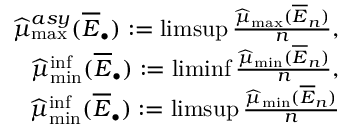
\begin{array} { r } { \widehat \mu _ { \operatorname* { m a x } } ^ { a s y } ( \overline { E } _ { \bullet } ) : = \operatorname* { l i m s u p } \frac { \widehat \mu _ { \operatorname* { m a x } } ( \overline { E } _ { n } ) } { n } , } \\ { \widehat { \mu } _ { \operatorname* { m i n } } ^ { \operatorname* { i n f } } ( \overline { E } _ { \bullet } ) : = \operatorname* { l i m i n f } \frac { \widehat { \mu } _ { \operatorname* { m i n } } ( \overline { E } _ { n } ) } { n } , } \\ { \widehat { \mu } _ { \operatorname* { m i n } } ^ { \operatorname* { i n f } } ( \overline { E } _ { \bullet } ) : = \operatorname* { l i m s u p } \frac { \widehat { \mu } _ { \operatorname* { m i n } } ( \overline { E } _ { n } ) } { n } } \end{array}